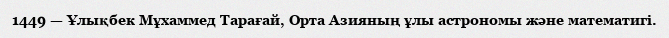
1449 — Ұлықбек Мұхаммед Тарағай, Орта Азияның ұлы астрономы және математигі.